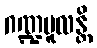
ဂဏ္ဍမူလန္တိ